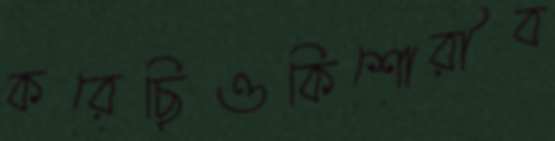
করেছিওকিশোরীব